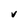
Character: v